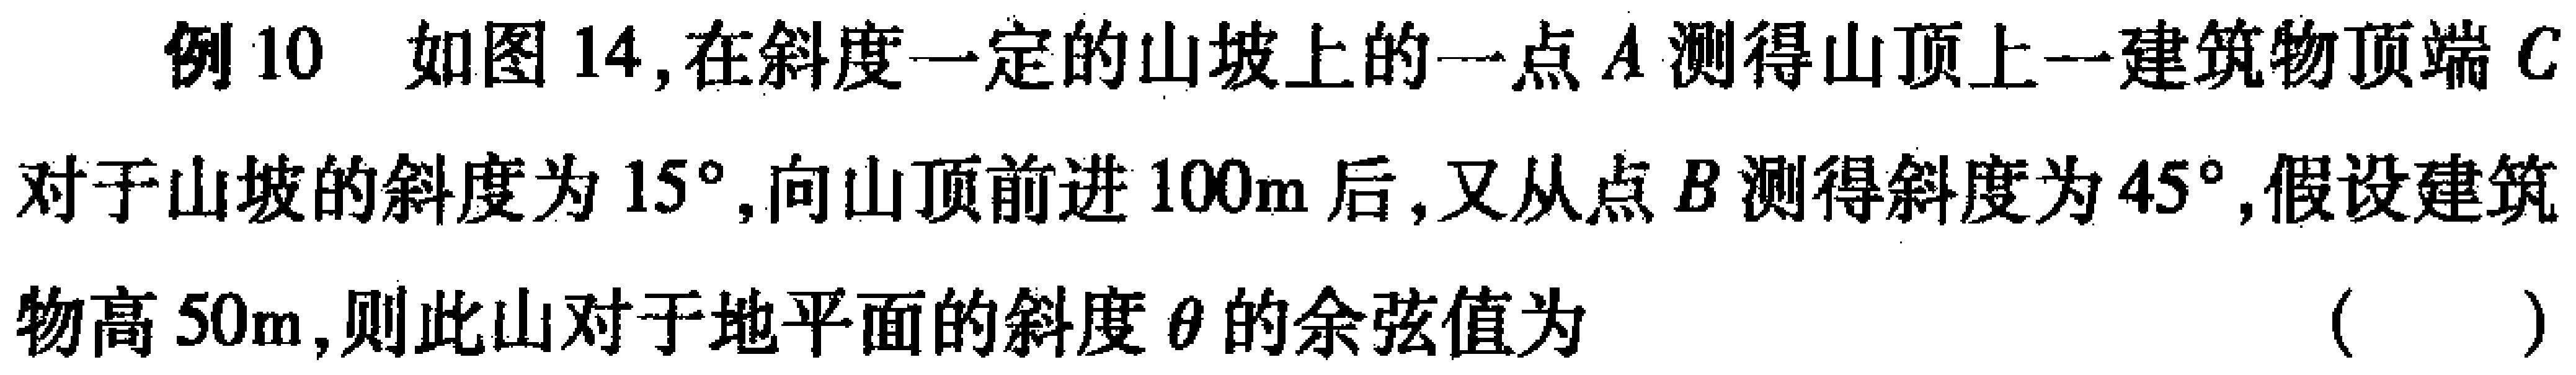
例10 如图14,在斜度一定的山坡上的一点\(A\)测得山顶上一建筑物顶端\(C\)对于山坡的斜度为\(15^{\circ}\),向山顶前进\(100m\)后,又从点\(B\)测得斜度为\(45^{\circ}\),假设建筑物高\(50m\),则此山对于地平面的斜度\(\theta\)的余弦值为（  ）